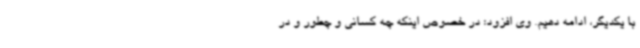
با یکدیگر، ادامه دهیم. وی افزود: در خصوص اینکه چه کسانی و چطور و در